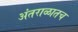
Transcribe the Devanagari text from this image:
अंतराळातच